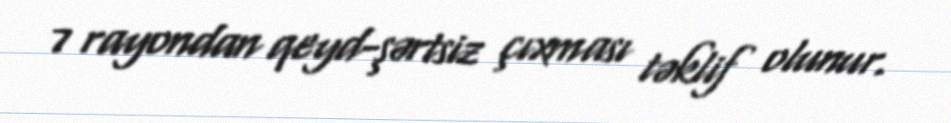
7 rayondan qeyd-şərtsiz çıxması təklif olunur.